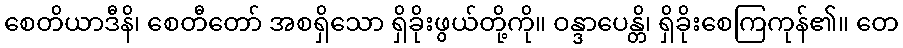
စေတိယာဒီနိ၊ စေတီတော် အစရှိသော ရှိခိုးဖွယ်တို့ကို။ ဝန္ဒာပေန္တိ၊ ရှိခိုးစေကြကုန်၏။ တေ